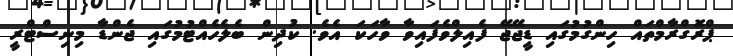
ޕްރޮގްރާމްތައް ހިންގުމުގައި ޑީޖޭޖޭ ފެއިލްވެފައިވާ ވާހަކަ އެވެ. ކުދިން ބެލެހެއްޓުމުގައި ޖެންޑާ މިނިސްޓްރީ